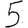
Digit: 5